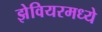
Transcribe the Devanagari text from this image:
झेवियरमध्ये